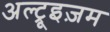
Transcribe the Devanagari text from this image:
अल्ट्रूइज़म